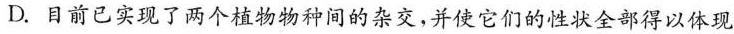
D. 目前已实现了两个植物物种间的杂交，并使它们的性状全部得以体现